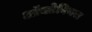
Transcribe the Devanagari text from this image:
ऑक्टेवियस